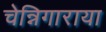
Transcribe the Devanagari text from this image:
चेन्निगाराया